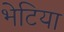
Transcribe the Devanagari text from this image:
भेटिया